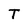
Character: T